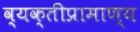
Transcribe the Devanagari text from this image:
व्यक्तीप्रामाण्य